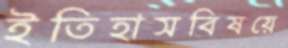
ইতিহাসবিষয়ে